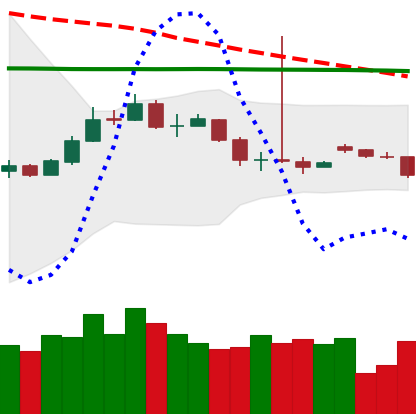
Ticker: BTC-USD
Chart end date: 2015-09-21
Forward return: 3.195%
Label: up_3_5